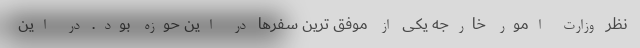
نظر وزارت امور خارجه یکی از موفق ترین سفرها در این حوزه بود. در این